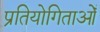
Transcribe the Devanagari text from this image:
प्रतियोगिताओँ